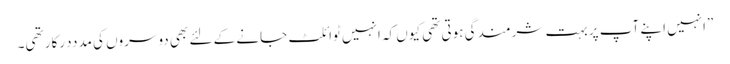
”انہیں اپنے آپ پر بہت شرمندگی ہوتی تھی کیوں کہ انہیں ٹوائلٹ جانے کے لئے بھی دوسروں کی مدددرکار تھی۔